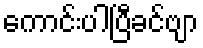
ကောင်းပါပြီခင်ဗျာ